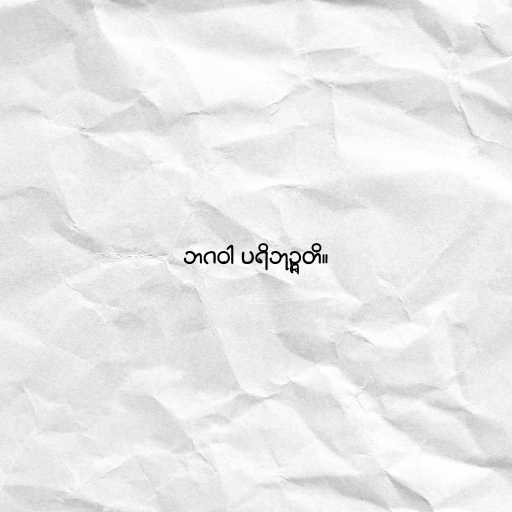
ဘဂဝါ ပရိဘုဉ္ဇတိ။